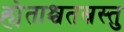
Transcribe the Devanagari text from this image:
ह्येताश्चतस्रस्तु